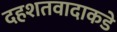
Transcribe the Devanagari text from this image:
दहशतवादाकडे